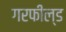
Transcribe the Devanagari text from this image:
गरफील्ड